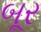
બૂર